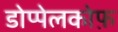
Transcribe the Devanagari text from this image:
डोप्पेलकोफ़